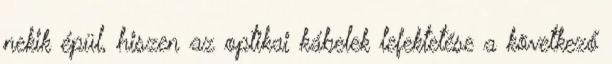
nekik épül, hiszen az optikai kábelek lefektetése a következő